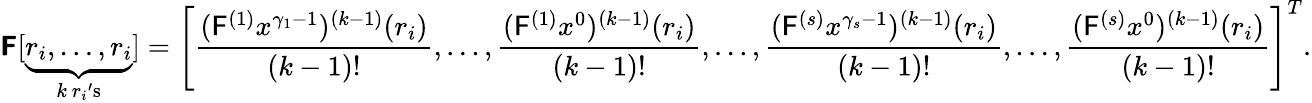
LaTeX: \boldsymbol{\mathsf{F}}[\underbrace{{r_{i},\ldots,r_{i}}}_{k\ r_{i}\mathrm{{'s}}}]=\left[\frac{{({\mathsf{F}^{(1)}x^{\gamma_{1}-1}})^{(k-1)}(r_{i})}}{{(k-1)!}},\ldots,\frac{{({\mathsf{F}^{(1)}x^{0}})^{(k-1)}(r_{i})}}{{(k-1)!}},\ldots,\frac{{({\mathsf{F}}^{(s)}x^{\gamma_{s}-1})^{(k-1)}(r_{i})}}{{(k-1)!}},\ldots,\frac{{({\mathsf{F}}^{(s)}x^{0})^{(k-1)}(r_{i})}}{{(k-1)!}}\right]^{T}.